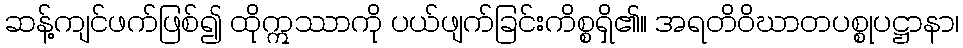
ဆန့်ကျင်ဖက်ဖြစ်၍ ထိုဣဿာကို ပယ်ဖျက်ခြင်းကိစ္စရှိ၏။ အရတိဝိဃာတပစ္စုပဋ္ဌာနာ၊